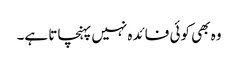
وہ بھی کوئی فائدہ نہیں پہنچاتا ہے۔